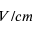
V / c m